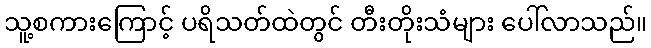
သူ့စကားကြောင့် ပရိသတ်ထဲတွင် တီးတိုးသံများ ပေါ်လာသည်။